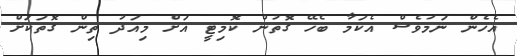
އެހެން ނަމަވެސް އެކަމާ ބެހޭ ގޮތުން ކޮމިޓީ އަށް މިއަދު ތިން ގޮތަކަށް